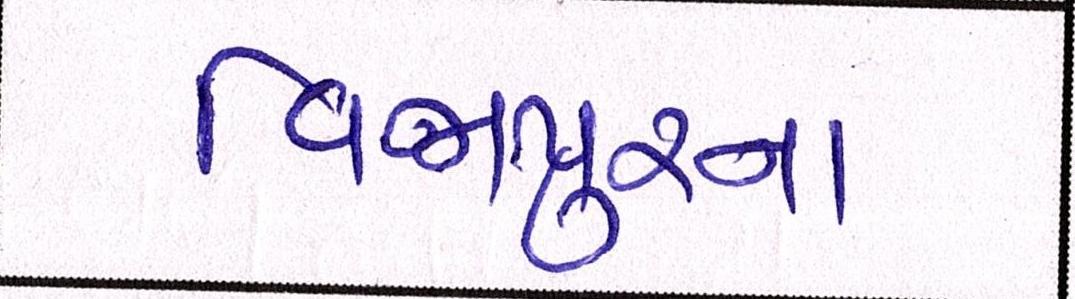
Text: વિજાપુરના